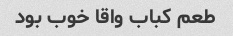
طعم کباب واقا خوب بود